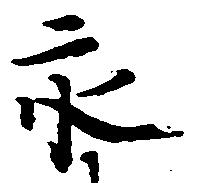
永